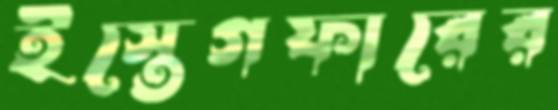
ইস্তেগফারের